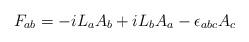
LaTeX: \begin{align*}F_{ab} = -i L_a A_b + iL_b A_a -\epsilon_{abc}A_c\end{align*}